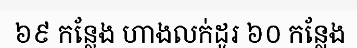
៦៩ កន្លែង ហាងលក់ដូរ ៦០ កន្លែង